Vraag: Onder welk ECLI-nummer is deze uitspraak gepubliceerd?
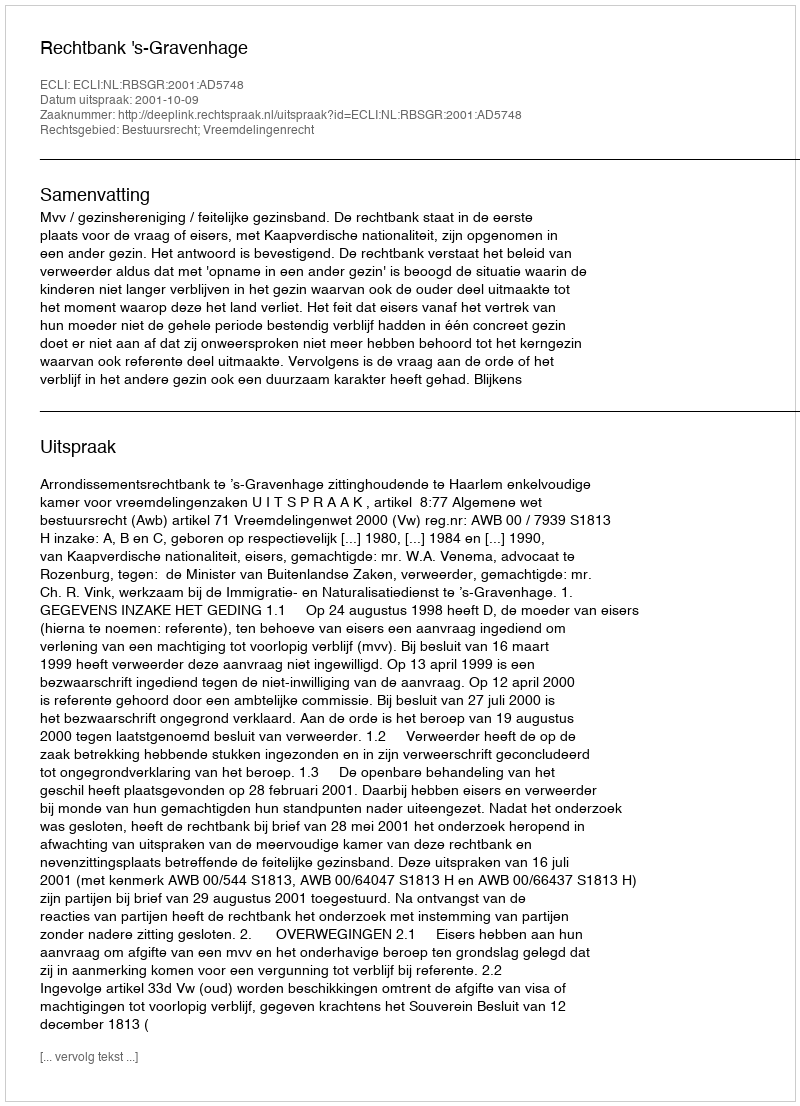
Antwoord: ECLI:NL:RBSGR:2001:AD5748